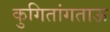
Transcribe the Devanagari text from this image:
कुगितांगताऊ